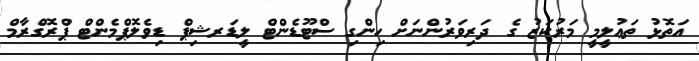
އަތޮޅު ތަޢުލީމީ މަރުކަޒު ގެ ދަރިވަރުންނަށް ހިންގި ސްޓޫޑެންޓް ލީޑަރޝިޕް ޑިވެލޮޕްމެންޓް ޕްރޮގްރާމް